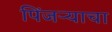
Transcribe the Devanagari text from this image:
पिंजऱ्याचा